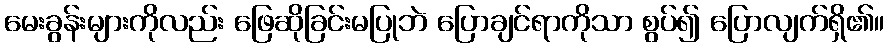
မေးခွန်းများကိုလည်း ဖြေဆိုခြင်းမပြုဘဲ ပြောချင်ရာကိုသာ စွပ်၍ ပြောလျက်ရှိ၏။